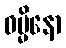
ဓမ္မိနော